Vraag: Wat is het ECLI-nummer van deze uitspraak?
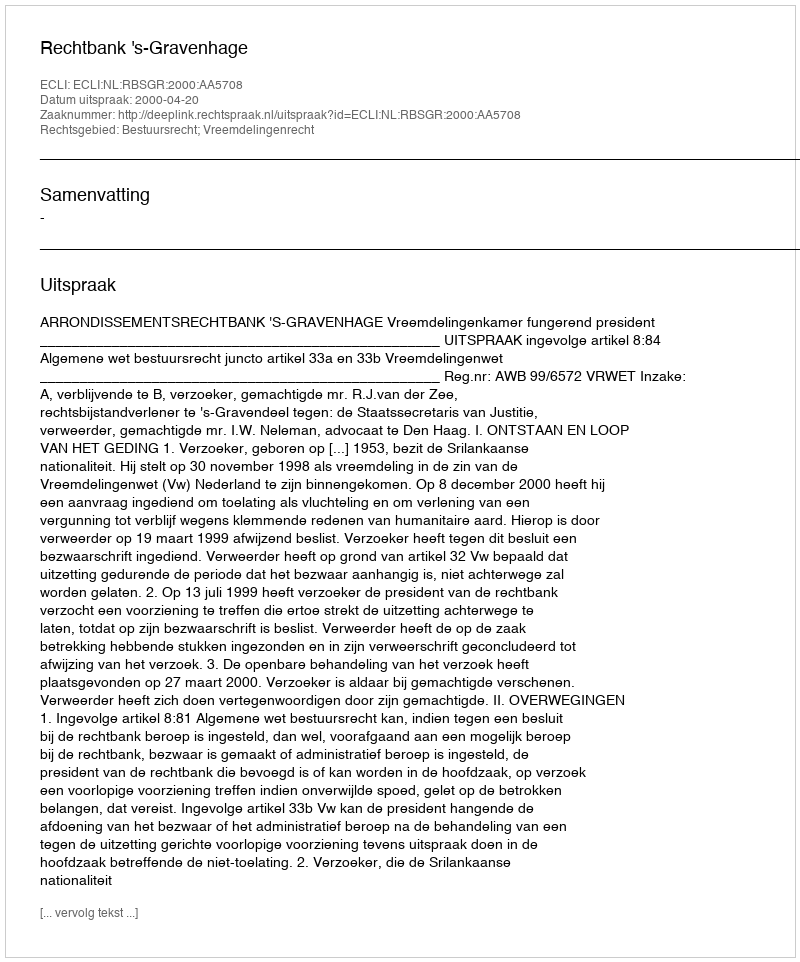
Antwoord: ECLI:NL:RBSGR:2000:AA5708